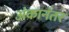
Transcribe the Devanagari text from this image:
अंकानंतर